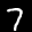
Label: 7